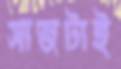
সাজটাই